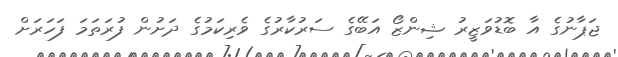
ޖަޕާނުގެ އާ ބޮޑުވަޒީރު ޝިންޒޯ އަބޭގެ ސަރުކާރުގެ ވެރިކަމުގެ ދަށުން ފުރަތަމަ ފަހަރަށް